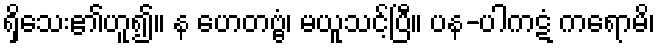
ရှိသေး၏ဟူ၍။ န ဟေတဗ္ဗံ၊ မယူသင့်ပြီ။ ပန-ပါကဋံ ကရောမိ၊